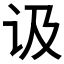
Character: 𲂅